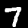
Digit: 7